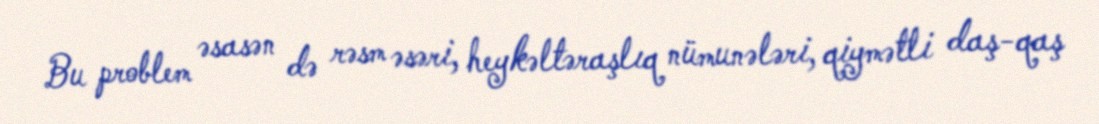
Bu problem əsasən də rəsm əsəri, heykəltəraşlıq nümunələri, qiymətli daş-qaş